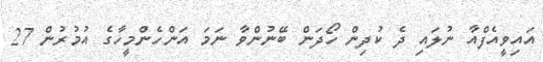
އައިވީއެފްއާ ނުލައި ދެ ކުދިން ހޯދަން ބޭނުންވާ ނަމަ އަންހެންމީހާގެ އުމުރުން 27